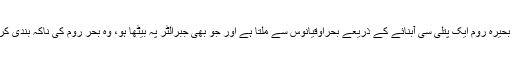
یعنی یہاں بحیرہ روم ایک پتلی سی آبنائے کے ذریعے بحراوقیانوس سے ملتا ہے اور جو بھی جبرالٹر پہ بیٹھا ہو، وہ بحر روم کی ناکہ بندی کرسکتا ہے۔